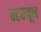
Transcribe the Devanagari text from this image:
स्टरजून